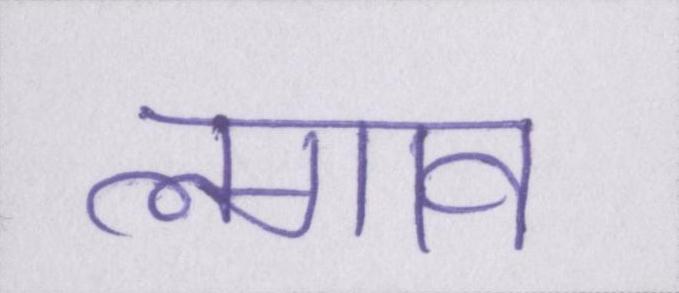
लगाव